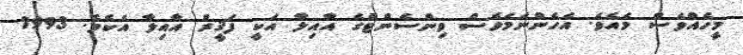
މީހެއްވެސް މެއެވެ. އެހެންނަމަވެސް ވިންސެންޓްގެ އާއިލާ އަކީ ފަޤީރު އާއިލާ އެކެވެ. 1993